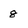
Character: 8